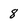
Character: 8